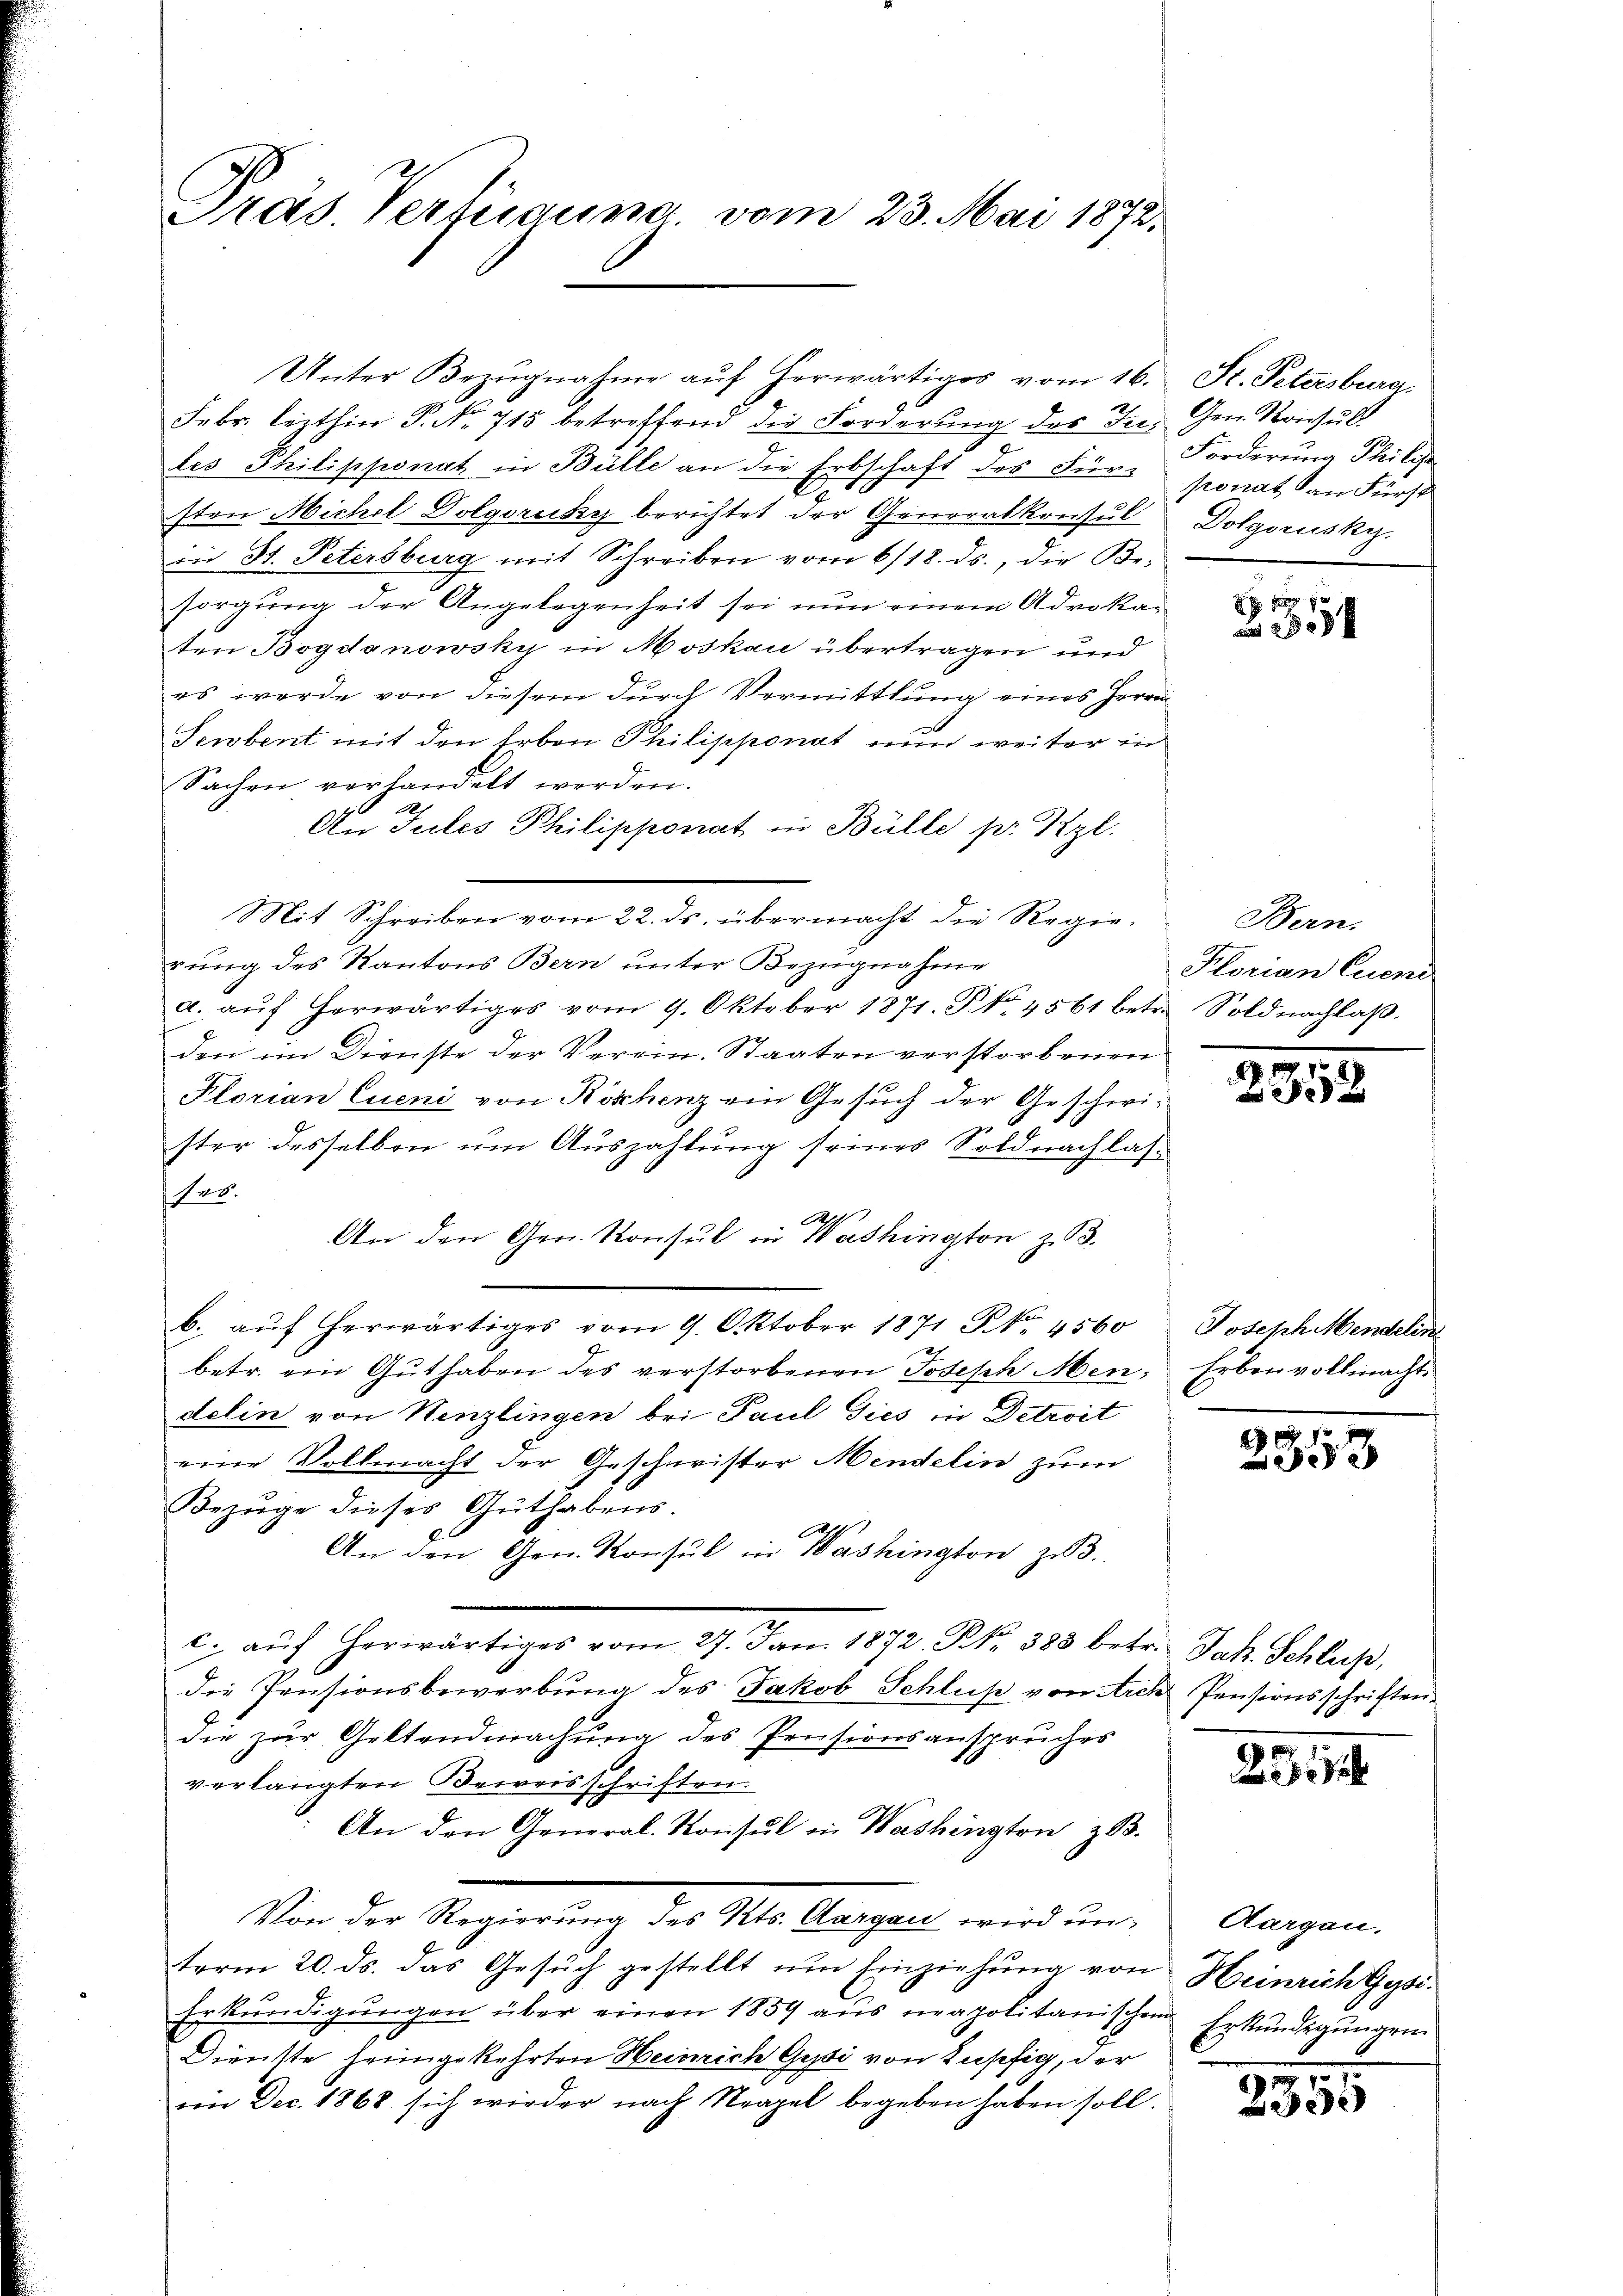
Pras. Verfügung, vom 23. Mai 1872.

Febr. lezthin P. Nr. 715 betreffend die Forderung des In- Gen. Konsul
les Philipponat in Bülle an die Erbschaft des Für-
sten Michel Dolgoruky berichtet der Generalkonsul
in St. Petersburg mit Schreiben vom 6/18. ds., die Be-
sorgung der Angelegenheit sei nun einem Advokaten Bogdanowsky in Moskau übertragen und
es werde von diesem durch Vermittlung eines Herrn
Sewbent mit den Erben Philipponat nun weiter in
Sachen verhandelt worden.
An Tutes Philipponat in Bülle pr Kzl.
Mit Schreiben vom 22. ds. übermacht die Regierung des Kantons Bern unter Bezugnahme
a. aŭf herwärtiges vom 9. Oktober 1871. No. 4561 betr. Soldnachlaβ.
den im Dienste der Verein. Staaten verstorbenen
Plorian Eueni von Köschenz ein Gesuch der Geschwister desselben um Auszahlung seines Soldnachlas-
fer.
A
An den Gen. Konsul in Washington z. B.
b. aŭf herwärtiges vom 9. Oktober 1871 NNo. 4560
betr. ein Guthaben des verstorbenen Joseph Mendelin von Henzlingen bei Paul dies in Detroit
eine Vollmacht der Geschwister Mendelin zum
Bezuge dieses Guthabens.
A
An den Gen. Konsul in Washington zu.
c. aŭf herwärtiges vom 27. Jan. 1872. No. 388 betr. Jak. Schluß,
die Pensionsbewerbung des Jakob Schluß von Arch Pensionsschriften
die zur Geltendmachung des Pensionsanspruches
verlangten Beweisschriften
An den General-Konsul in Washington z.B.
Von der Regierung des Kts. Aargau wird unterm 20. ds. das Gesuch gestellt um Einziehung von
Erkundigungen über einen 1859 aus neapolitanischem
Dienste heimgekehrten Heinrich Gysi von Lupfig, der
ein Dec. 1868 sich wieder nach Neapel begeben haben soll.

Unter Bezŭgnahme aŭf herwärtiges vom 16.

Fr. Petersburg.
Forderung Philis
ponat an Fürst
Dolgorusky.

c

x

Bern.
Hlorian Eueni

2358

Joseph Mendelin
Erben vollmachte

2
553

1

Aargau.
Heinrich Gysi
 Erkundigungen.

2355